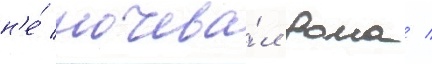
н'е́ ночева́л дома /